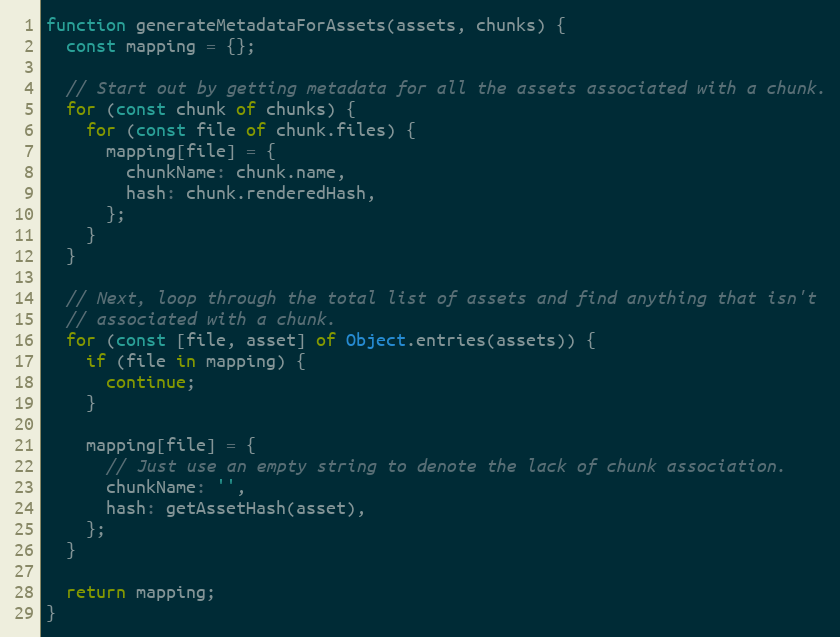
Language: JavaScript
function generateMetadataForAssets(assets, chunks) {
  const mapping = {};

  // Start out by getting metadata for all the assets associated with a chunk.
  for (const chunk of chunks) {
    for (const file of chunk.files) {
      mapping[file] = {
        chunkName: chunk.name,
        hash: chunk.renderedHash,
      };
    }
  }

  // Next, loop through the total list of assets and find anything that isn't
  // associated with a chunk.
  for (const [file, asset] of Object.entries(assets)) {
    if (file in mapping) {
      continue;
    }

    mapping[file] = {
      // Just use an empty string to denote the lack of chunk association.
      chunkName: '',
      hash: getAssetHash(asset),
    };
  }

  return mapping;
}